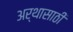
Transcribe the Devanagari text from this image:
अर्थासाठी